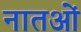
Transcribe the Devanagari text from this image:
नातओं